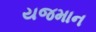
યજમાન